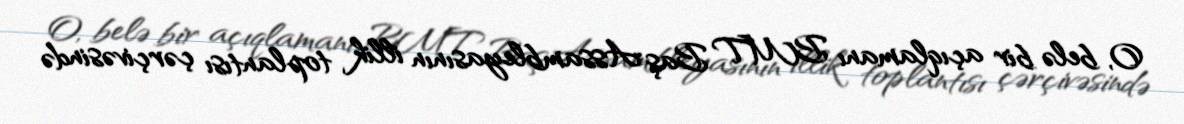
O, belə bir açıqlamanı BMT Baş Assambleyasının illik toplantısı çərçivəsində